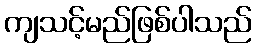
ကျသင့်မည်ဖြစ်ပါသည်